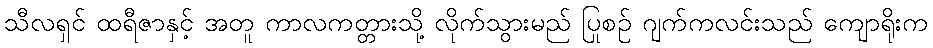
သီလရှင် ထရီဇာနှင့် အတူ ကာလကတ္တားသို့ လိုက်သွားမည် ပြုစဉ် ဂျက်ကလင်းသည် ကျောရိုးက